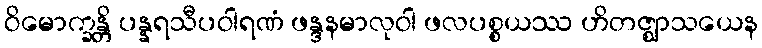
ဝိမောက္ခန္တိ ပန္နရသီပဝါရဏံ ဖန္ဒနမာလုဝါ ဖလပစ္စယဿ ဟိတဇ္ဈာသယေန